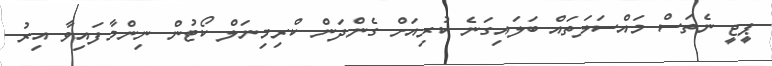
ޕީޖީ ނެތަސް މައްސަލަތައް ބަލައިގަނެ ކުރިއަށް ގެންދަން ކްރިމިނަލް ކޯޓުން ނިންމާފައިވާ އިރު